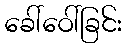
ခေါ်ဝေါ်ခြင်း